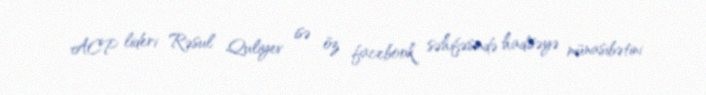
ACP lideri Rəsul Quliyev isə öz facebook səhifəsində hadisəyə münasibətini